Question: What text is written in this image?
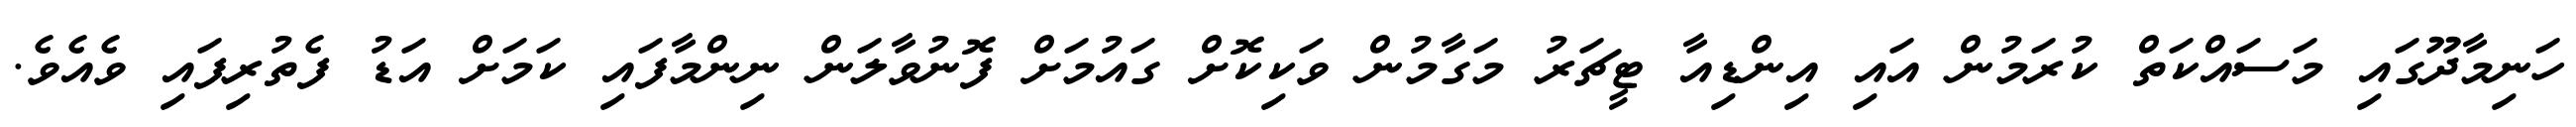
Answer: ހަނިމާދޫގައި މަސައްކަތް ކުރަމުން އައި އިންޑިއާ ޓީޗަރު މަގާމުން ވަކިކޮށް ގައުމަށް ފޮނުވާލަން ނިންމާފައި ކަމަށް އަޑު ފެތުރިފައި ވެއެވެ.